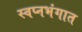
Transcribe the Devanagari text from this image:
स्वप्नभंगात